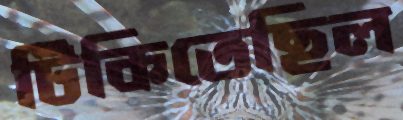
টিকিতেছিল